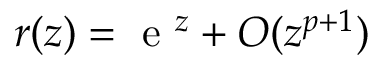
r ( z ) = { \textrm { e } } ^ { z } + O ( z ^ { p + 1 } )